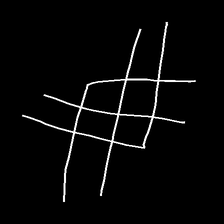
Glyph: crystal